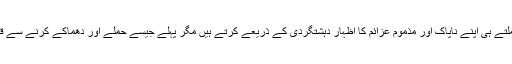
وہ موقع ملتے ہی اپنے ناپاک اور مذموم عزائم کا اظہار دہشتگردی کے ذریعے کرتے ہیں مگر پہلے جیسے حملے اور دھماکے کرنے سے قاصر ہیں۔